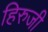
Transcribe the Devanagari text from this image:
हिरुजी